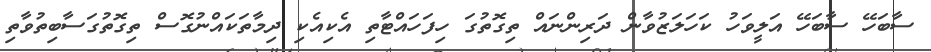
ސާބަހޭ ސާބަހޭ އަލީވަހު ކަހަލަޒުވާން ދަރިންނައް ތިގޮތުގަ ހިފަހައްޓާތި އެކިއެކި ދިމާތަކައްނުގޮސް ތިގޮތުގަސާބިތުވާތި